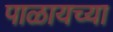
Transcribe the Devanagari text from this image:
पाळायच्या